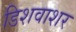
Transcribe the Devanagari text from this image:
डिशवाशर